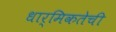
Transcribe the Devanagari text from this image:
धार्मिकतेची